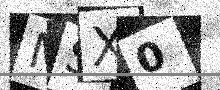
Text: MSX0